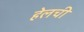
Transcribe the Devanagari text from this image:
हेलची